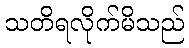
သတိရလိုက်မိသည်